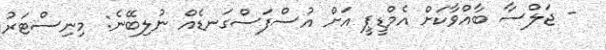
- ޖަލްސާ ބާއްވާކަށް އެމްޑީޕީ އަށް އުސްފަސްގަނޑެއް ނުލިބޭނެ: މިނިސްޓަރު